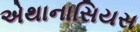
એથાનાસિયસ